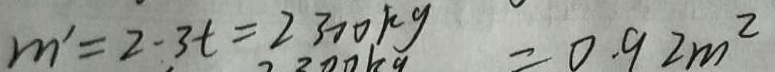
m ^ { \prime } = 2 - 3 t = 2 3 0 0 k g = 0 . 9 2 m ^ { 2 }